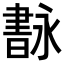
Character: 𦘢